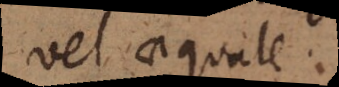
est aequale.